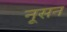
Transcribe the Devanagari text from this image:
नूसन